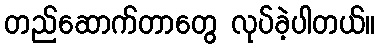
တည်ဆောက်တာတွေ လုပ်ခဲ့ပါတယ်။